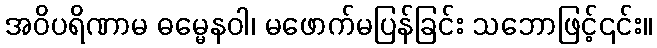
အဝိပရိဏာမ ဓမ္မေနဝါ၊ မဖောက်မပြန်ခြင်း သဘောဖြင့်၎င်း။